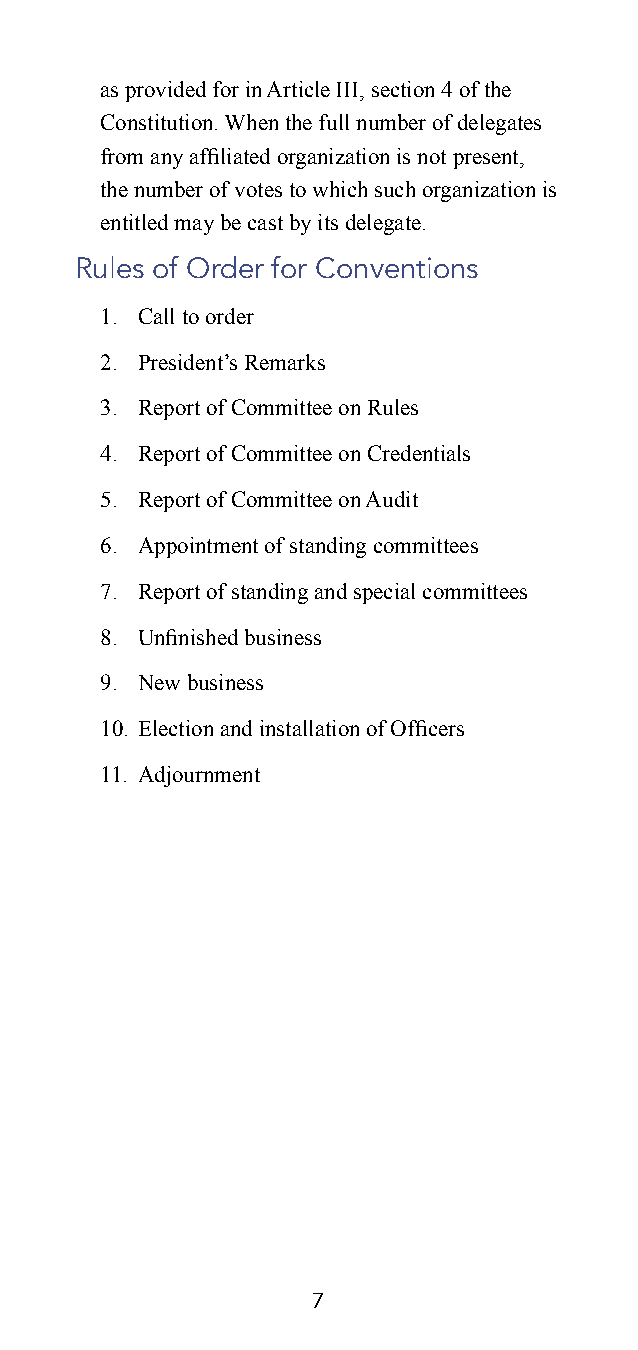
as provided for in Article III, section 4 of the
 Constitution. When the full number of delegates
 from any affiliated organization is not present,
 the number of votes to which such organization is
 entitled may be cast by its delegate.
 Rules of Order for Conventions
 1. Call to order
 2. President’s Remarks
 3. Report of Committee on Rules
 4. Report of Committee on Credentials
 5. Report of Committee on Audit
 6. Appointment of standing committees
 7. Report of standing and special committees
 8. Unfinished business
 9. New business
 10. Election and installation of Officers
 11. Adjournment
 7